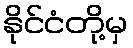
နိုင်ငံတို့မှ